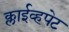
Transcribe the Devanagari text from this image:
क्लाईव्हपेट